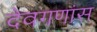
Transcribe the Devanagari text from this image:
देवगणांस